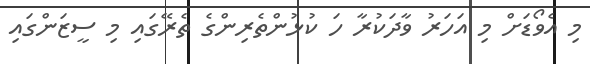
މި އެވޯޑަށް މި އަހަރު ވާދަކުރާ ހަ ކުޅުންތެރިންގެ ތެރޭގައި މި ސީޒަންގައި